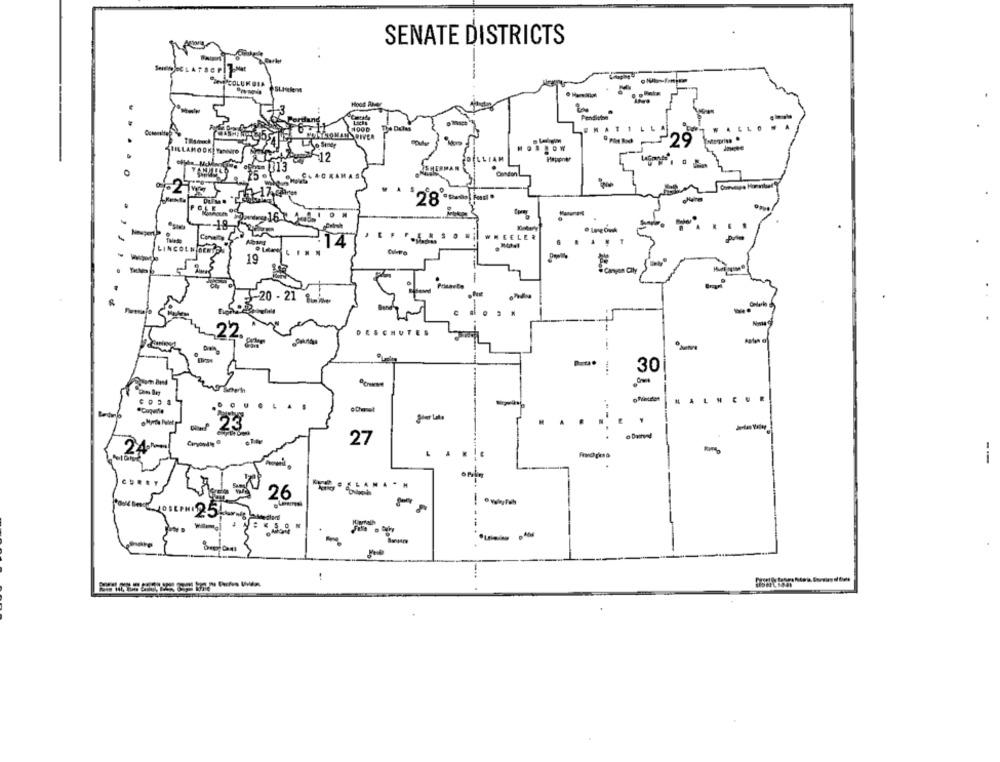
SENATE DISTRICTS
Suelen
Pendiston
RIVER
LAHOOK TON
F-12
Condon
-
-18
F
WEELER
LINCOLN DENTO
19
.Canyon CIly
£20 - 21 8min
Nonta
UTES
-- -
30
Daitend
Caryouty 0
27
--
26
-
-
-
--